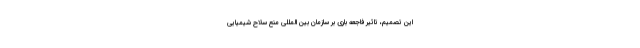
این تصمیم، تاثیر فاجعه باری بر سازمان بین المللی منع سلاح شیمیایی